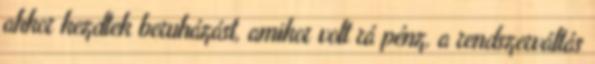
akkor kezdtek beruházást, amikor volt rá pénz, a rendszerváltás